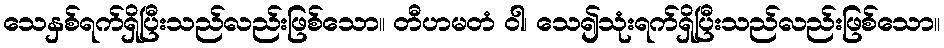
သေနှစ်ရက်ရှိပြီးသည်လည်းဖြစ်သော။ တီဟမတံ ဝါ၊ သေ၍သုံးရက်ရှိပြီးသည်လည်းဖြစ်သော။